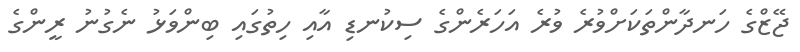
ޖޭޒްގެ ހަނދާންތަކަށްވުރެ ވުރެ އަހަރެންގެ ސިކުނޑި އާއި ހިތުގައި ބިންވަޅު ނެގުނު ރީންގެ